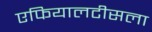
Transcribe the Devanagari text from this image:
एफियालटीसला